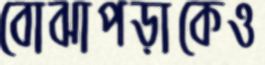
বোঝাপড়াকেও